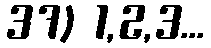
37) 1,2,3...